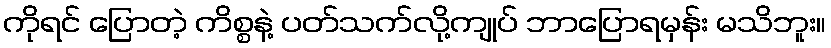
ကိုရင် ပြောတဲ့ ကိစ္စနဲ့ ပတ်သက်လို့ကျုပ် ဘာပြောရမှန်း မသိဘူး။